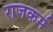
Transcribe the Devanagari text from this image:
राजकर्म